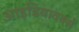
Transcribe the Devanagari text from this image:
आइडियावर्क्स